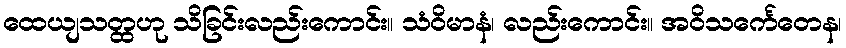
ထေယျသတ္ထဟု သိခြင်းလည်းကောင်း။ သံဝိမာနံ၊ လည်းကောင်း။ အဝိသင်္ကေတေန၊